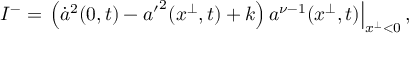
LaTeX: I ^ { - } = \left. \left( \dot { a } ^ { 2 } ( 0 , t ) - { a ^ { \prime } } ^ { 2 } ( x ^ { \perp } , t ) + k \right) a ^ { \nu - 1 } ( x ^ { \perp } , t ) \right| _ { x ^ { \perp } < 0 } ,